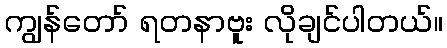
ကျွန်တော် ရတနာဗူး လိုချင်ပါတယ်။